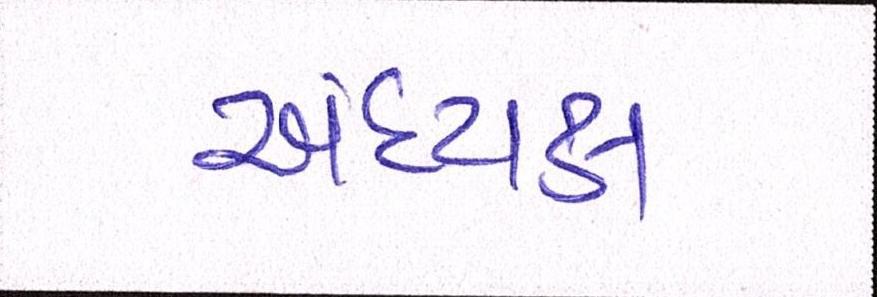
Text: અધ્યક્ષ